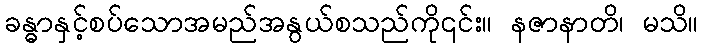
ခန္ဓာနှင့်စပ်သောအမည်အနွယ်စသည်ကို၎င်း။ နဇာနာတိ၊ မသိ။